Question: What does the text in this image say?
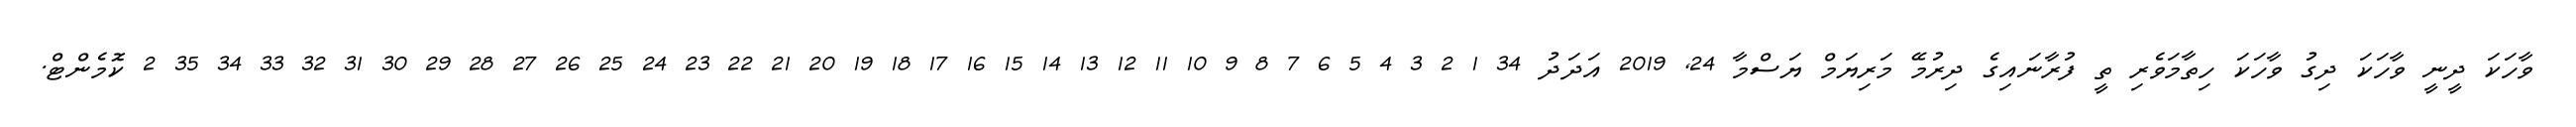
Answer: ވާހަކަ ދީނީ ވާހަކަ ދިގު ވާހަކަ ހިތާމަވެރި ތީ ފުރާނައިގެ ދިރުމޭ މަރިޔަމް ޔަސްމާ 24, 2019 އަދަދު 34 1 2 3 4 5 6 7 8 9 10 11 12 13 14 15 16 17 18 19 20 21 22 23 24 25 26 27 28 29 30 31 32 33 34 35 2 ކޮމެންޓް.